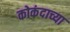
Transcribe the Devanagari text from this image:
कोकंदाच्या